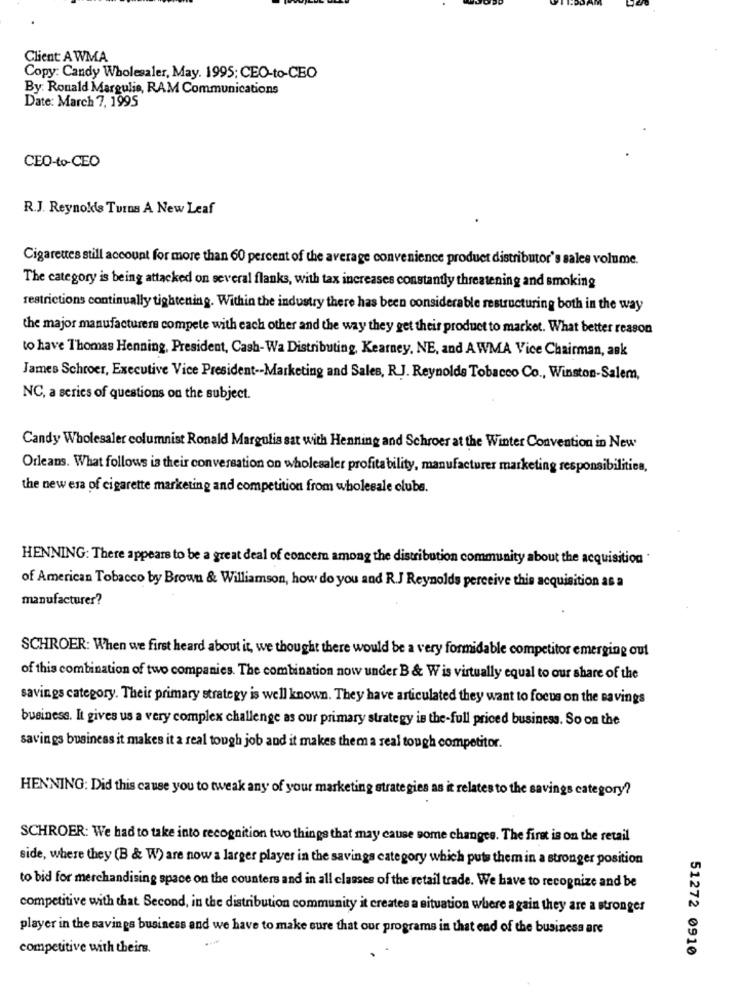
Client A WMA
Copy: Candy Wholesaler, May. 1995; CEO-to-CEO
By: Ronald Margulie, RAM Communications
Date: March 7, 1995
CEO-to-CEO
R.J. Reynokis Turns A New Leaf
Cigarettes still account for more than 60 percent of the average convenience product distributor's sales volume.
The category is being attacked on several flanks, with tax increases constantly threatening and smoking
restrictions continually tightening. Within the industry there has been considerable restructuring both in the way
the major manufacturers compete with each other and the way they get their product to market. What better reason
to have Thomas Henning, President, Cash-Wa Distributing, Kearney, NE, and A WMA Vice Chairman, ask
James Schroer, Executive Vice President -- Marketing and Sales, R.J. Reynolds Tobacco Co ., Winston-Salem,
NC, a series of questions on the subject.
Candy Wholesaler columnist Ronald Margulis sat with Henning and Schroer at the Winter Convention in New
Orleans. What follows is their conversation on wholesaler profitability, manufacturer marketing responsibilities,
the new esa of cigarette marketing and competition from wholesale clubs.
HENNING: There appears to be a great deal of concer among the distribution community about the acquisition "
of American Tobacco by Brown & Williamson, how do you and R.J Reynolds perceive this acquisition as a
manufacturer?
SCHROER: When we first heard about it, we thought there would be a very formidable competitor emerging out
of this combination of two companies. The combination now under B & W is virtually equal to our share of the
savings category. Their primary strategy is well known. They have articulated they want to focus on the savings
business. It gives us a very complex challenge as our primary strategy is the-full priced business. So on the
savings business it makes it a real tough job and it makes them a real tough competitor.
HENNING: Did this cause you to tweak any of your marketing strategies as it relates to the savings category?
SCHROER: We had to take into recognition two things that may cause some changes. The first is on the retail
side, where they (B & W) are now a larger player in the savings category which puts them in a stronger position
to bid for merchandising space on the counters and in all classes of the retail trade. We have to recognize and be
competitive with that Second, in the distribution community it creates a situation where a gain they are a stronger
player in the savings business and we have to make sure that our programs in that end of the business are
competitive with theirs.
51272 0910